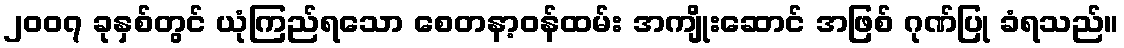
၂၀၀၇ ခုနှစ်တွင် ယုံကြည်ရသော စေတနာ့ဝန်ထမ်း အကျိုးဆောင် အဖြစ် ဂုဏ်ပြု ခံရသည်။